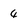
Character: 4